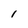
Character: 1